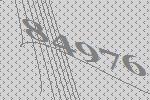
84976